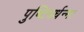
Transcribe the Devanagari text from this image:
पुष्टिवर्धन्म।